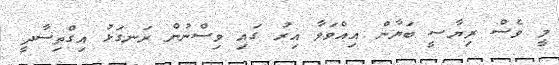
މީ ވެސް ރިޔާސީ ބަޔާން އިއްވަވާ އިރު ގައި ވިސްނުން ރަނގަޅު އިގްތިސާދީ